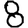
Digit: 8